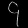
Digit: ၄